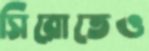
সিরোতেও